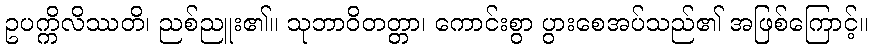
ဥပက္ကိလိဿတိ၊ ညစ်ညူး၏။ သုဘာဝိတတ္တာ၊ ကောင်းစွာ ပွားစေအပ်သည်၏ အဖြစ်ကြောင့်။